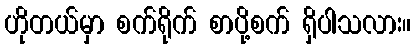
ဟိုတယ်မှာ စက်ရိုက် စာပို့စက် ရှိပါသလား။